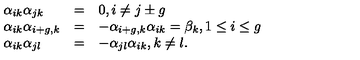
\begin{array} { l l l } { \alpha _ { i k } \alpha _ { j k } } & { = } & { 0 , i \neq j \pm g } \\ { \alpha _ { i k } \alpha _ { i + g , k } } & { = } & { - \alpha _ { i + g , k } \alpha _ { i k } = \beta _ { k } , 1 \leq i \leq g } \\ { \alpha _ { i k } \alpha _ { j l } } & { = } & { - \alpha _ { j l } \alpha _ { i k } , k \neq l . } \\ \end{array}